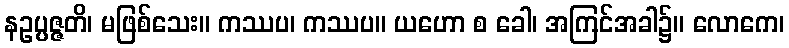
နဥပ္ပဇ္ဇတိ၊ မဖြစ်သေး။ ကဿပ၊ ကဿပ။ ယဟော စ ခေါ၊ အကြင်အခါ၌။ လောကေ၊